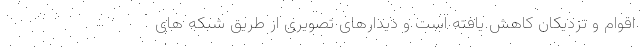
اقوام و نزدیکان کاهش یافته است و دیدارهای تصویری از طریق شبکه های